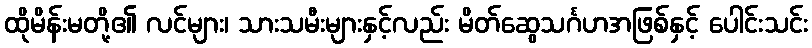
ထိုမိန်းမတို့၏ လင်များ၊ သားသမီးများနှင့်လည်း မိတ်ဆွေသင်္ဂဟအဖြစ်နှင့် ပေါင်းသင်း